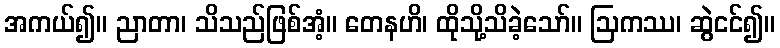
အကယ်၍။ ညာတာ၊ သိသည်ဖြစ်အံ့။ တေနဟိ၊ ထိုသို့သိခဲ့သော်။ ဩကဿ၊ ဆွဲငင်၍။